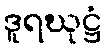
ဒူရဃုဋ္ဌံ